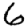
Digit: 6